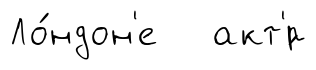
Ло́ндон'е акт'́р